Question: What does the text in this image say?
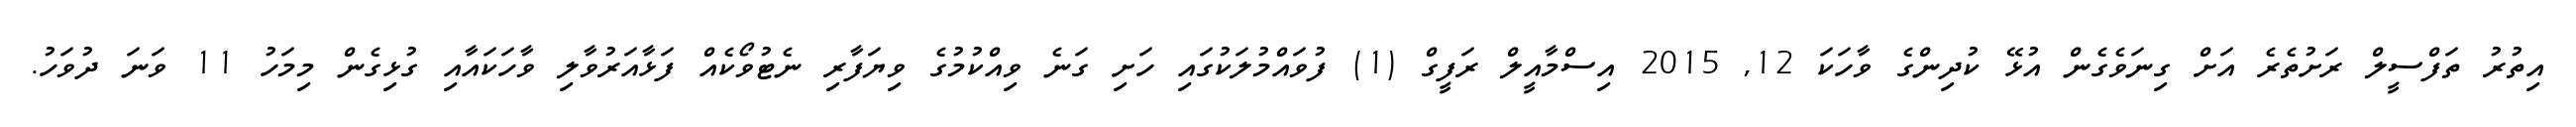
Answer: އިތުރު ތަފްސީލް ރަށުތެރެ އަށް ގިނަވެގެން އުޅޭ ކުދިންގެ ވާހަކަ 12, 2015 އިސްމާއީލް ރަފީގް (1) ފުވައްމުލަކުގައި ހަށި ގަނެ ވިއްކުމުގެ ވިޔަފާރި ނެޓުވޯކެއް ފަޅާއަރުވާލި ވާހަކައާއި ގުޅިގެން މިމަހު 11 ވަނަ ދުވަހު.